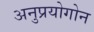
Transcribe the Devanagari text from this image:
अनुप्रयोगोन